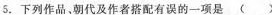
5.下列作品，朝代及作者搭配有误的一项是( )